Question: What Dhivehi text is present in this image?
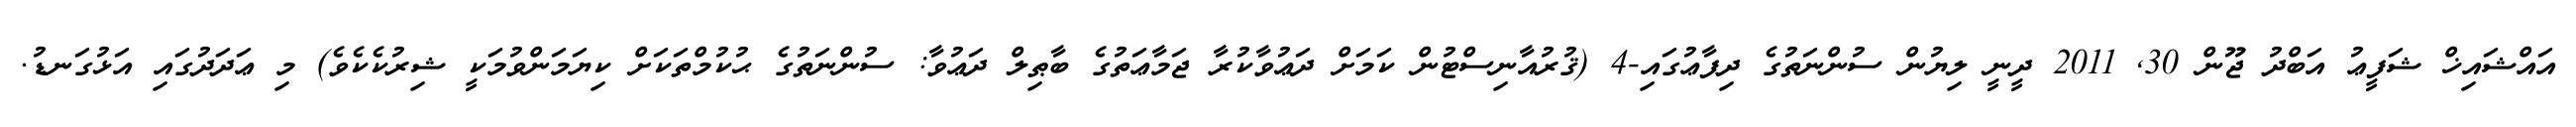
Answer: އައްޝައިޚް ޝަފީޢު އަބްދު ޖޫން 30, 2011 ދީނީ ލިޔުން ސުންނަތުގެ ދިފާޢުގައި-4 (ޤުރުއާނިސްޓުން ކަމަށް ދަޢުވާކުރާ ޖަމާޢަތުގެ ބާޠިލް ދަޢުވާ: ސުންނަތުގެ ޙުކުމްތަކަށް ކިޔަމަންވުމަކީ ޝިރުކެކެވެ) މި ޢަދަދުގައި އަޅުގަނޑު.